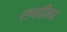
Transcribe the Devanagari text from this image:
सनदीला